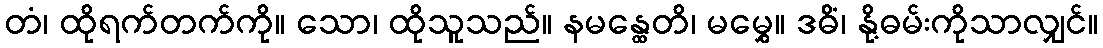
တံ၊ ထိုရက်တက်ကို။ သော၊ ထိုသူသည်။ နမန္ထေတိ၊ မမွှေ။ ဒဓိံ၊ နို့ဓမ်းကိုသာလျှင်။